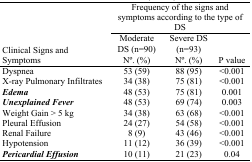
<table><thead><tr><td></td><td colspan="3"><b>Frequency of the signs and symptoms according to the type of DS</b></td></tr><tr><td rowspan="2"><b>Clinical Signs and Symptoms</b></td><td><b>Moderate DS (n=90)</b></td><td><b>Severe DS (n=93)</b></td><td></td></tr><tr><td><b>No. (%)</b></td><td><b>No. (%)</b></td><td><b>P value</b></td></tr></thead><tbody><tr><td>Dyspnea</td><td>53 (59)</td><td>88 (95)</td><td>&lt;0.001</td></tr><tr><td>X-ray Pulmonary Infiltrates</td><td>34 (38)</td><td>75 (81)</td><td>&lt;0.001</td></tr><tr><td><b><i>Edema</i></b></td><td>48 (53)</td><td>75 (81)</td><td>0.001</td></tr><tr><td><b><i>Unexplained Fever</i></b></td><td>48 (53)</td><td>69 (74)</td><td>0.003</td></tr><tr><td>Weight Gain &gt; 5 kg</td><td>34 (38)</td><td>63 (68)</td><td>&lt;0.001</td></tr><tr><td>Pleural Effusion</td><td>24 (27)</td><td>54 (58)</td><td>&lt;0.001</td></tr><tr><td>Renal Failure</td><td>8 (9)</td><td>43 (46)</td><td>&lt;0.001</td></tr><tr><td>Hypotension</td><td>11 (12)</td><td>36 (39)</td><td>&lt;0.001</td></tr><tr><td><b><i>Pericardial Effusion</i></b></td><td>10 (11)</td><td>21 (23)</td><td>0.04</td></tr></tbody></table>